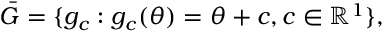
{ \bar { G } } = \{ g _ { c } : g _ { c } ( \theta ) = \theta + c , c \in \mathbb { R } ^ { 1 } \} ,